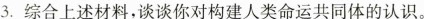
3.综合上述材料，谈谈你对构建人类命运共同体的认识。